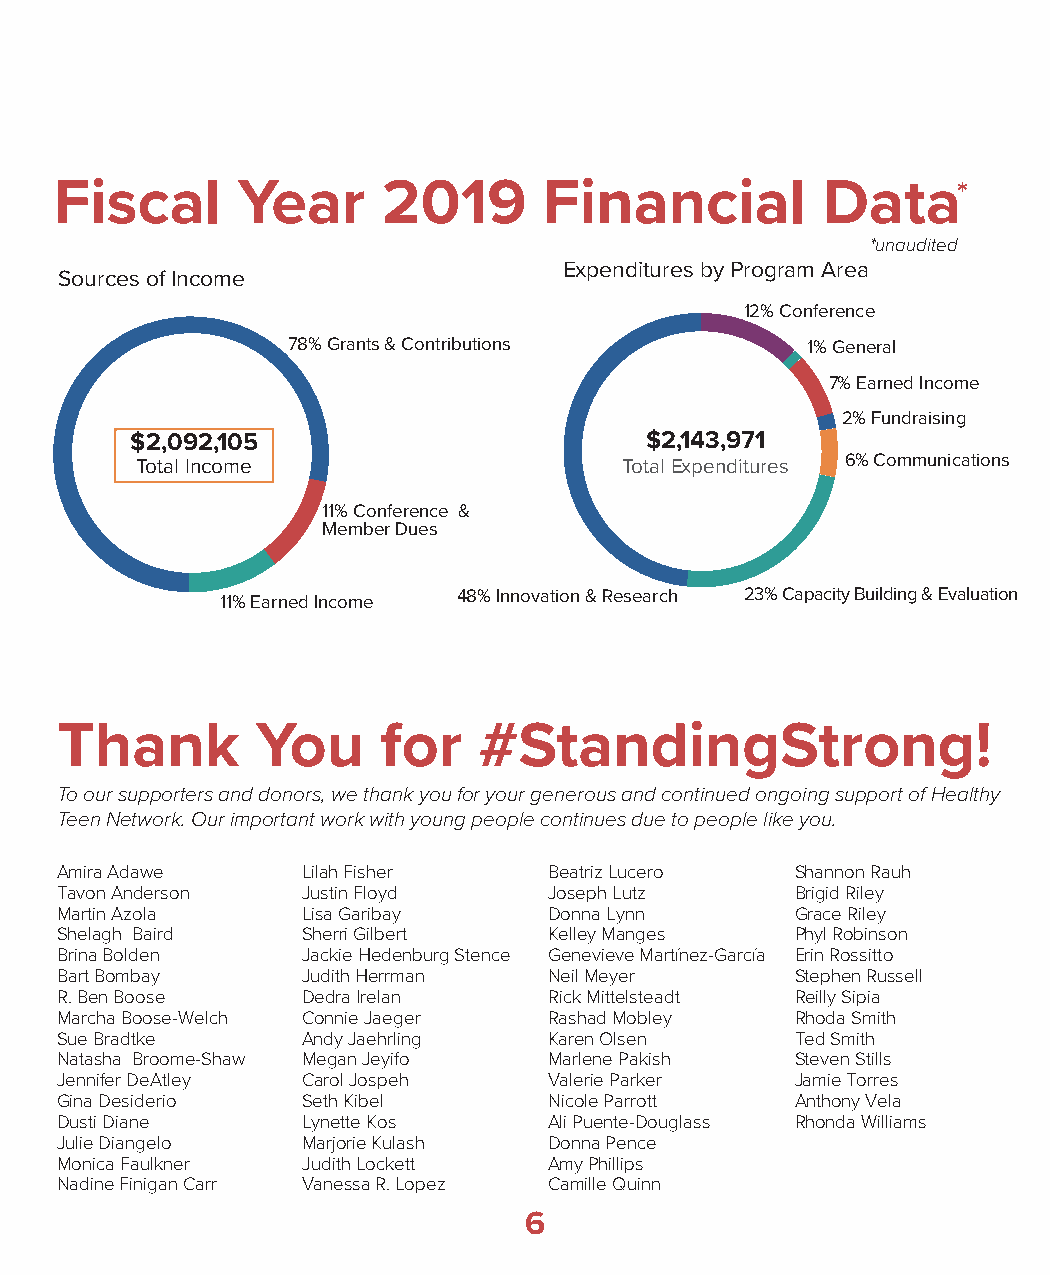
Fiscal      Year     2019       Financial         Data*
 *unaudited
 Expenditures by Program Area
 Sources of Income
 12% Conference
 $2So,0ur9ce2s, 1o0f 5
 78% Grants & Contributions
 $Ex2p,e1n4d3it,u9re7s1
 1% 7G
 %
 2e %n Ee
 a emoc FnI
 denrra
 r
 nE
 oitae uc lun
 aa
 e vnr
 E
 ef
 &
 n go nC
 idliuB
 nyl
 ti
 ecapaC
 dd
 r
 aIn isc io nm ge
 TotIanlc Ionmceome              Totab l y E P xr po eg nra dm itu res 6% Communications
 Area
 11% Conference &
 11% Earned
 InM ce om mb eer Dues
 48% Innovation & Research 23%
 Capacig
 tnisiardn yuF l ha cr re
 a
 n ese eG
 R
 B&
 noitavonnI
 uilding & Evaluation
 Thank        You     for    #StandingStrong!
 To our supporters and donors, we thank you for your generous and continued ongoing support of Healthy
 Teen Network. Our important work with young people continues due to people like you.
 Amira Adawe     Lilah Fisher    Beatriz Lucero   Shannon Rauh
 Tavon Anderson  Justin Floyd    Joseph Lutz      Brigid Riley
 Martin Azola    Lisa Garibay    Donna Lynn       Grace Riley
 Shelagh Baird   Sherri Gilbert  Kelley Manges    Phyl Robinson
 Brina Bolden    Jackie Hedenburg Stence Genevieve Martínez-García Erin Rossitto
 Bart Bombay     Judith Herrman  Neil Meyer       Stephen Russell
 R. Ben Boose    Dedra Irelan    Rick Mittelsteadt Reilly Sipia
 Marcha Boose-Welch Connie Jaeger Rashad Mobley   Rhoda Smith
 Sue Bradtke     Andy Jaehrling  Karen Olsen      Ted Smith
 Natasha Broome-Shaw Megan Jeyifo Marlene Pakish  Steven Stills
 Jennifer DeAtley Carol Jospeh   Valerie Parker   Jamie Torres
 Gina Desiderio  Seth Kibel      Nicole Parrott   Anthony Vela
 Dusti Diane     Lynette Kos     Ali Puente-Douglass Rhonda Williams
 Julie Diangelo  Marjorie Kulash Donna Pence
 Monica Faulkner Judith Lockett  Amy Phillips
 Nadine Finigan Carr Vanessa R. Lopez Camille Quinn
 6